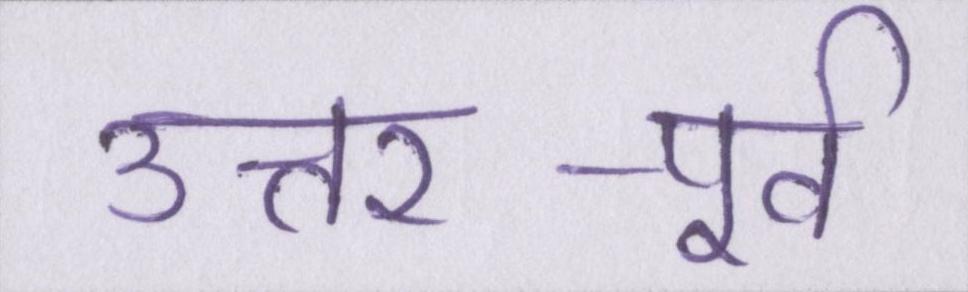
उत्तर-पूर्व